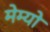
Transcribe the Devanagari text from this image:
मेम्यो